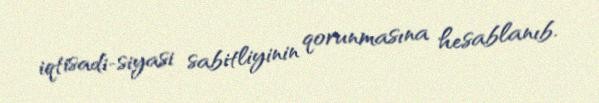
iqtisadi-siyasi sabitliyinin qorunmasına hesablanıb.